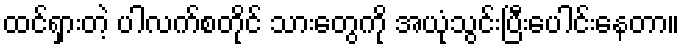
ထင်ရှားတဲ့ ပါလက်စတိုင် သားတွေကို အယုံသွင်းပြီးပေါင်းနေတာ။